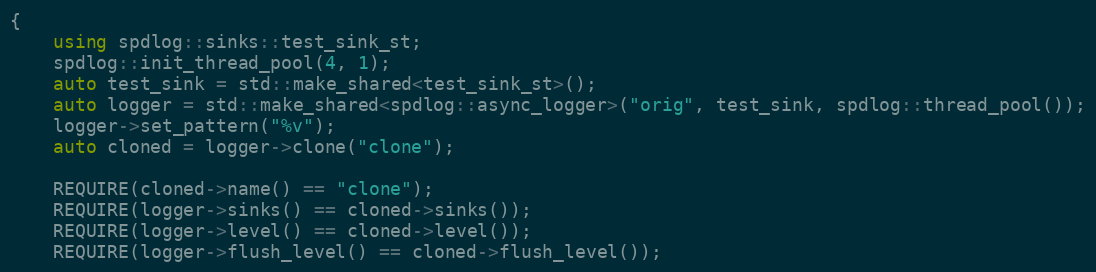
Language: C++
{
    using spdlog::sinks::test_sink_st;
    spdlog::init_thread_pool(4, 1);
    auto test_sink = std::make_shared<test_sink_st>();
    auto logger = std::make_shared<spdlog::async_logger>("orig", test_sink, spdlog::thread_pool());
    logger->set_pattern("%v");
    auto cloned = logger->clone("clone");

    REQUIRE(cloned->name() == "clone");
    REQUIRE(logger->sinks() == cloned->sinks());
    REQUIRE(logger->level() == cloned->level());
    REQUIRE(logger->flush_level() == cloned->flush_level());